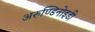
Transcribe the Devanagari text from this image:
अरुण्डिनोइडी